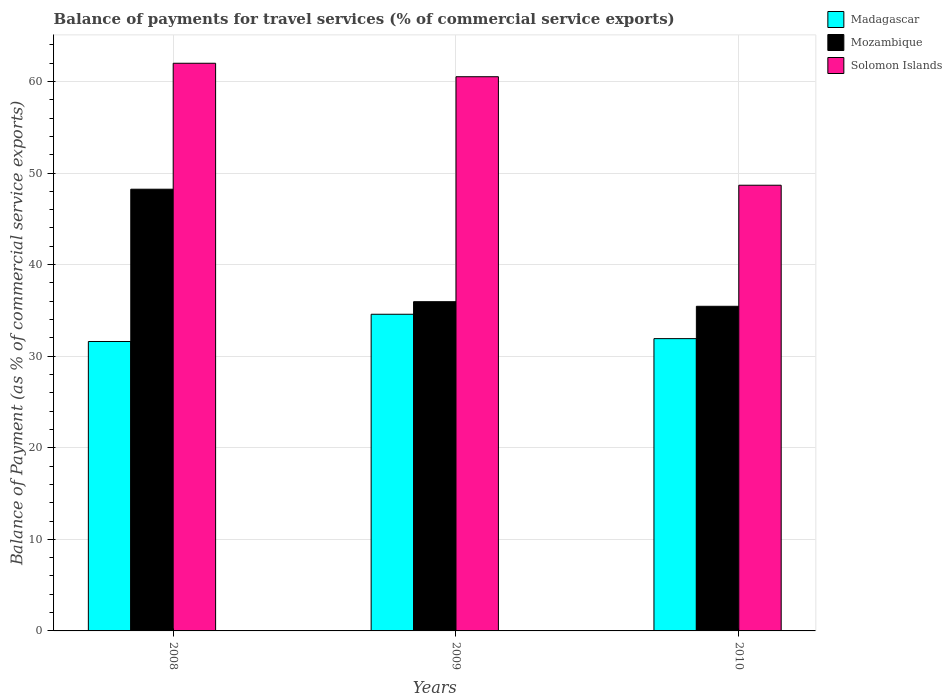
| Years | Madagascar | Mozambique | Solomon Islands |
 | --- | --- | --- | --- |
 | 2008 | 31.6 | 48.2 | 62 |
 | 2009 | 34.6 | 36 | 60.5 |
 | 2010 | 31.9 | 35.4 | 48.7 |